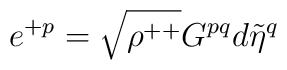
e^{+p}=\sqrt{\rho^{++}}G^{pq}d{\tilde{\eta}}^{q}